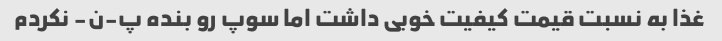
غذا به نسبت قیمت کیفیت خوبی داشت اما سوپ رو بنده پ-ن- نکردم